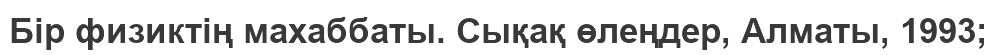
Бір физиктің махаббаты. Сықақ өлеңдер, Алматы, 1993;